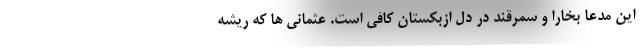
این مدعا بخارا و سمرقند در دل ازبکستان کافی است. عثمانی ها که ریشه